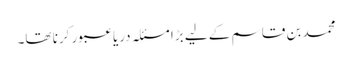
محمد بن قاسم کے لیے بڑا مسئلہ دریا عبور کرنا تھا۔